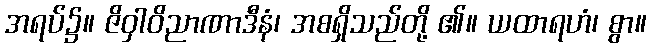
အရပ်၌။ ဇိဝှါဝိညာဏာဒီနံ၊ အစရှိသည်တို့ ၏။ ယထာရဟံ၊ စွာ။